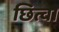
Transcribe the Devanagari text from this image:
छित्वा